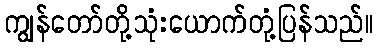
ကျွန်တော်တို့သုံးယောက်တုံ့ပြန်သည်။